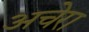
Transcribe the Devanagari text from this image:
अचेरा